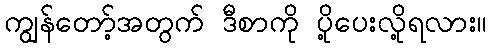
ကျွန်တော့်အတွက် ဒီစာကို ပို့ပေးလို့ရလား။